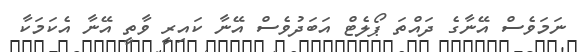
ނަމަވެސް އޭނާގެ ދައްތަ ޕޯލެޓް އަބަދުވެސް އޭނާ ކައިރީ ވާތީ އޭނާ އެކަމަކާ